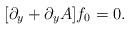
LaTeX: \begin{align*}[\partial_y+\partial_yA]f_0=0.\end{align*}